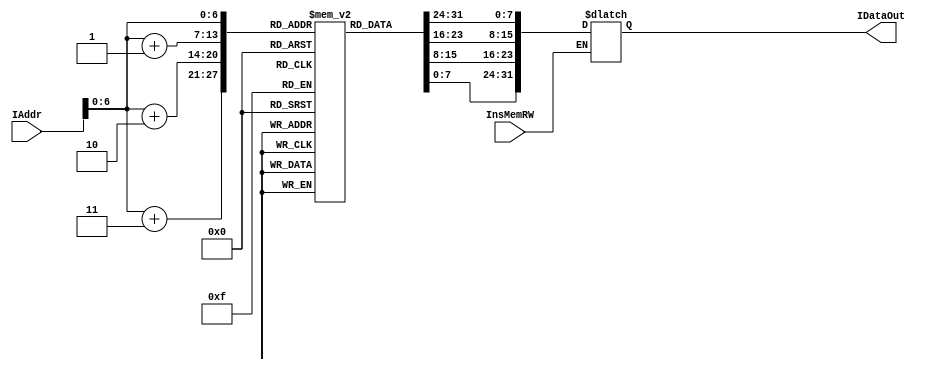
/*
* @Author: Yuuoniy
* @Date:   2018-05-19 20:28:56
* @Last Modified by:   Yuuoniy
* @Last Modified time: 2018-05-19 20:29:40
*/
`timescale 1ns / 1ps
module InsMemory(
input [31:0]IAddr,
input InsMemRW,
output reg [31:0]IDataOut

);
reg [7:0] Memory[90:0];
initial begin
  // $readmemb("instructions.txt",Memory);
    Memory[0] = 8'b00001000;
    Memory[1] = 8'b00000001;
    Memory[2] = 8'b00000000;
    Memory[3] = 8'b00001000;

    Memory[4] = 8'b01001000;
    Memory[5] = 8'b00000010;
    Memory[6] = 8'b00000000;
    Memory[7] = 8'b00000010;

    Memory[8] =  8'b01000000;
    Memory[9] =  8'b01000001;
    Memory[10] = 8'b00011000;
    Memory[11] = 8'b00000000;

    Memory[12] = 8'b00000100;
    Memory[13] = 8'b01100001;
    Memory[14] = 8'b00100000;
    Memory[15] = 8'b00000000;

    Memory[16] = 8'b01000100;
    Memory[17] = 8'b10000010;
    Memory[18] = 8'b00101000;
    Memory[19] = 8'b00000000;

    Memory[20] = 8'b01100000;
    Memory[21] = 8'b00000101;
    Memory[22] = 8'b00101000;
    Memory[23] = 8'b10000000;

    Memory[24] = 8'b11010000;
    Memory[25] = 8'b10100001;
    Memory[26] = 8'b11111111;
    Memory[27] = 8'b11111110;

    Memory[28] = 8'b11101000;
    Memory[29] = 8'b00000000;
    Memory[30] = 8'b00000000;
    Memory[31] = 8'b00010000;

    Memory[32] = 8'b10011001;
    Memory[33] = 8'b10000001;
    Memory[34] = 8'b01000000;
    Memory[35] = 8'b00000000;

    Memory[36] = 8'b00001000;
    Memory[37] = 8'b00001101;
    Memory[38] = 8'b11111111;
    Memory[39] = 8'b11111110;

    Memory[40] = 8'b10011001;
    Memory[41] = 8'b00001101;
    Memory[42] = 8'b01001000;
    Memory[43] = 8'b00000000;

    Memory[44] = 8'b10011101;
    Memory[45] = 8'b00101010;
    Memory[46] = 8'b00000000;
    Memory[47] = 8'b00000010;

    Memory[48] = 8'b10011101;
    Memory[49] = 8'b01001011;
    Memory[50] = 8'b00000000;
    Memory[51] = 8'b00000000;

    Memory[52] = 8'b00001001;
    Memory[53] = 8'b10101101;
    Memory[54] = 8'b00000000;
    Memory[55] = 8'b00000001;

    Memory[56] = 8'b11011001;
    Memory[57] = 8'b10100000;
    Memory[58] = 8'b11111111;
    Memory[59] = 8'b11111110;

    Memory[60] = 8'b11100000;
    Memory[61] = 8'b00000000;
    Memory[62] = 8'b00000000;
    Memory[63] = 8'b00010011;
    
    Memory[64] = 8'b11000000;
    Memory[65] = 8'b00100010;
    Memory[66] = 8'b00000000;
    Memory[67] = 8'b00000100;


    Memory[68] = 8'b11000100;
    Memory[69] = 8'b00101100;
    Memory[70] = 8'b00000000;
    Memory[71] = 8'b00000100;

    Memory[72] = 8'b11100111;
    Memory[73] = 8'b11100000;
    Memory[74] = 8'b00000000;
    Memory[75] = 8'b00000000;

    Memory[76] = 8'b00001100;
    Memory[77] = 8'b01000001;
    Memory[78] = 8'b00000000;
    Memory[79] = 8'b00000001;

    Memory[80] = 8'b11111100;
    Memory[81] = 8'b00000000;
    Memory[82] = 8'b00000000;
    Memory[83] = 8'b00000000;


end
  always @(IAddr) begin
    if(InsMemRW)
    IDataOut = {Memory[IAddr],Memory[IAddr+1],Memory[IAddr+2],Memory[IAddr+3]};
  end

endmodule